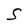
Character: S